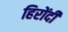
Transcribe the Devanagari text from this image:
हिरोंदी